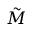
\tilde { M }